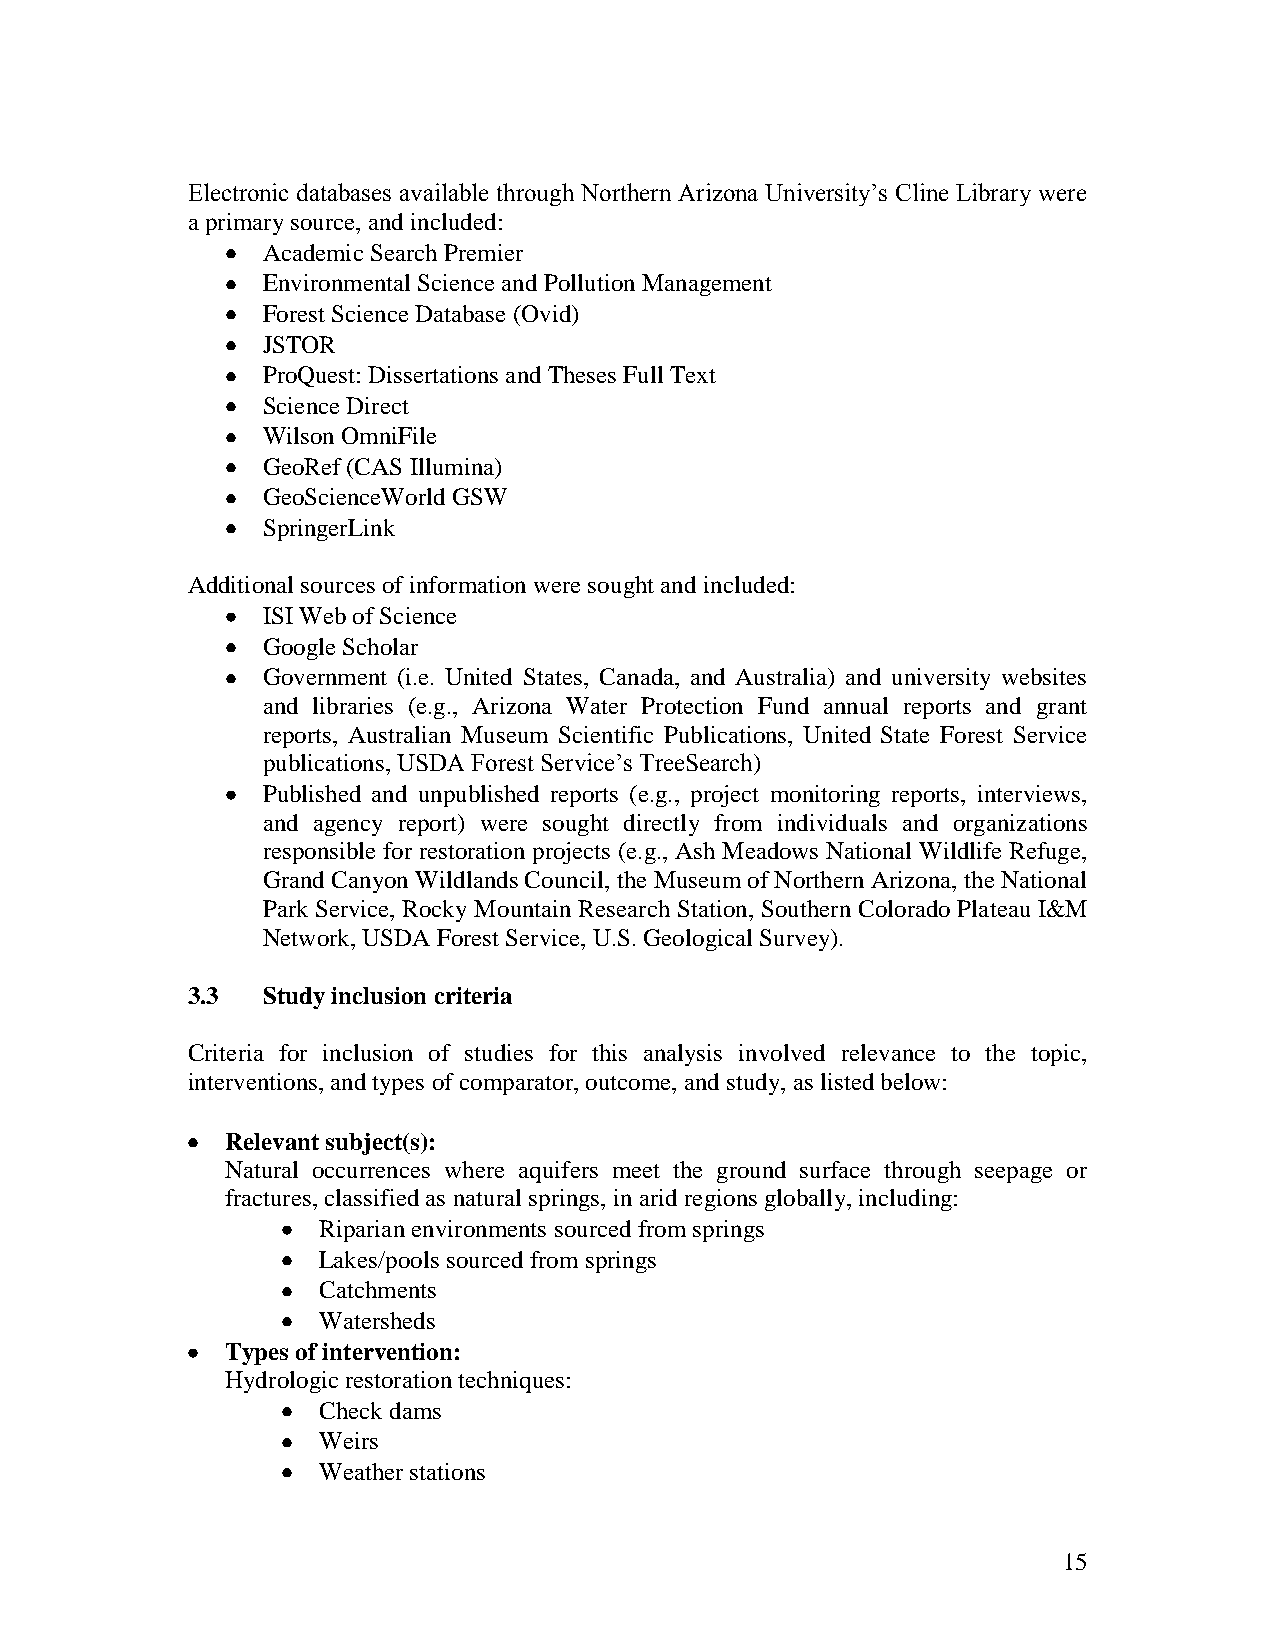
Electronic databases available through Northern Arizona University‟s Cline Library were
 a primary source, and included:
 Academic Search Premier
 Environmental Science and Pollution Management
 Forest Science Database (Ovid)
 JSTOR
 ProQuest: Dissertations and Theses Full Text
 Science Direct
 Wilson OmniFile
 GeoRef (CAS Illumina)
 GeoScienceWorld GSW
 SpringerLink
 Additional sources of information were sought and included:
 ISI Web of Science
 Google Scholar
 Government (i.e. United States, Canada, and Australia) and university websites
 and libraries (e.g., Arizona Water Protection Fund annual reports and grant
 reports, Australian Museum Scientific Publications, United State Forest Service
 publications, USDA Forest Service‟s TreeSearch)
 Published and unpublished reports (e.g., project monitoring reports, interviews,
 and agency report) were sought directly from individuals and organizations
 responsible for restoration projects (e.g., Ash Meadows National Wildlife Refuge,
 Grand Canyon Wildlands Council, the Museum of Northern Arizona, the National
 Park Service, Rocky Mountain Research Station, Southern Colorado Plateau I&M
 Network, USDA Forest Service, U.S. Geological Survey).
 3.3  Study inclusion criteria
 Criteria for inclusion of studies for this analysis involved relevance to the topic,
 interventions, and types of comparator, outcome, and study, as listed below:
 Relevant subject(s):
 Natural occurrences where aquifers meet the ground surface through seepage or
 fractures, classified as natural springs, in arid regions globally, including:
 Riparian environments sourced from springs
 Lakes/pools sourced from springs
 Catchments
 Watersheds
 Types of intervention:
 Hydrologic restoration techniques:
 Check dams
 Weirs
 Weather stations
 15